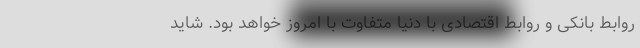
روابط بانکی و روابط اقتصادی با دنیا متفاوت با امروز خواهد بود. شاید